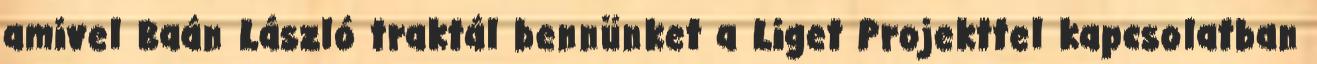
amivel Baán László traktál bennünket a Liget Projekttel kapcsolatban